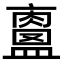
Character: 𥃀